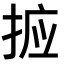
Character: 𭡆